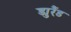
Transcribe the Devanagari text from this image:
ड्युरैंड